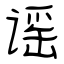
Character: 谣